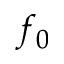
f _ { 0 }